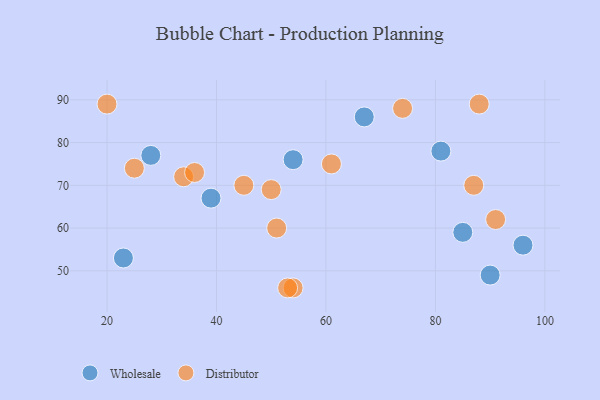
{"axis": {"x": "GDP", "y": "Life Expectancy"}, "legend": ["Distributor", "Wholesale"], "data": [{"x": "90", "y": 49, "type": "Wholesale"}, {"x": "23", "y": 53, "type": "Wholesale"}, {"x": "54", "y": 76, "type": "Wholesale"}, {"x": "96", "y": 56, "type": "Wholesale"}, {"x": "81", "y": 78, "type": "Wholesale"}, {"x": "85", "y": 59, "type": "Wholesale"}, {"x": "28", "y": 77, "type": "Wholesale"}, {"x": "67", "y": 86, "type": "Wholesale"}, {"x": "39", "y": 67, "type": "Wholesale"}, {"x": "34", "y": 72, "type": "Distributor"}, {"x": "91", "y": 62, "type": "Distributor"}, {"x": "45", "y": 70, "type": "Distributor"}, {"x": "54", "y": 46, "type": "Distributor"}, {"x": "36", "y": 73, "type": "Distributor"}, {"x": "61", "y": 75, "type": "Distributor"}, {"x": "50", "y": 69, "type": "Distributor"}, {"x": "87", "y": 70, "type": "Distributor"}, {"x": "25", "y": 74, "type": "Distributor"}, {"x": "53", "y": 46, "type": "Distributor"}, {"x": "88", "y": 89, "type": "Distributor"}, {"x": "74", "y": 88, "type": "Distributor"}, {"x": "20", "y": 89, "type": "Distributor"}, {"x": "51", "y": 60, "type": "Distributor"}]}